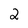
Character: 2